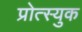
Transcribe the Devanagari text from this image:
प्रोत्स्युक